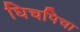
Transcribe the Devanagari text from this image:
घिचपिचा